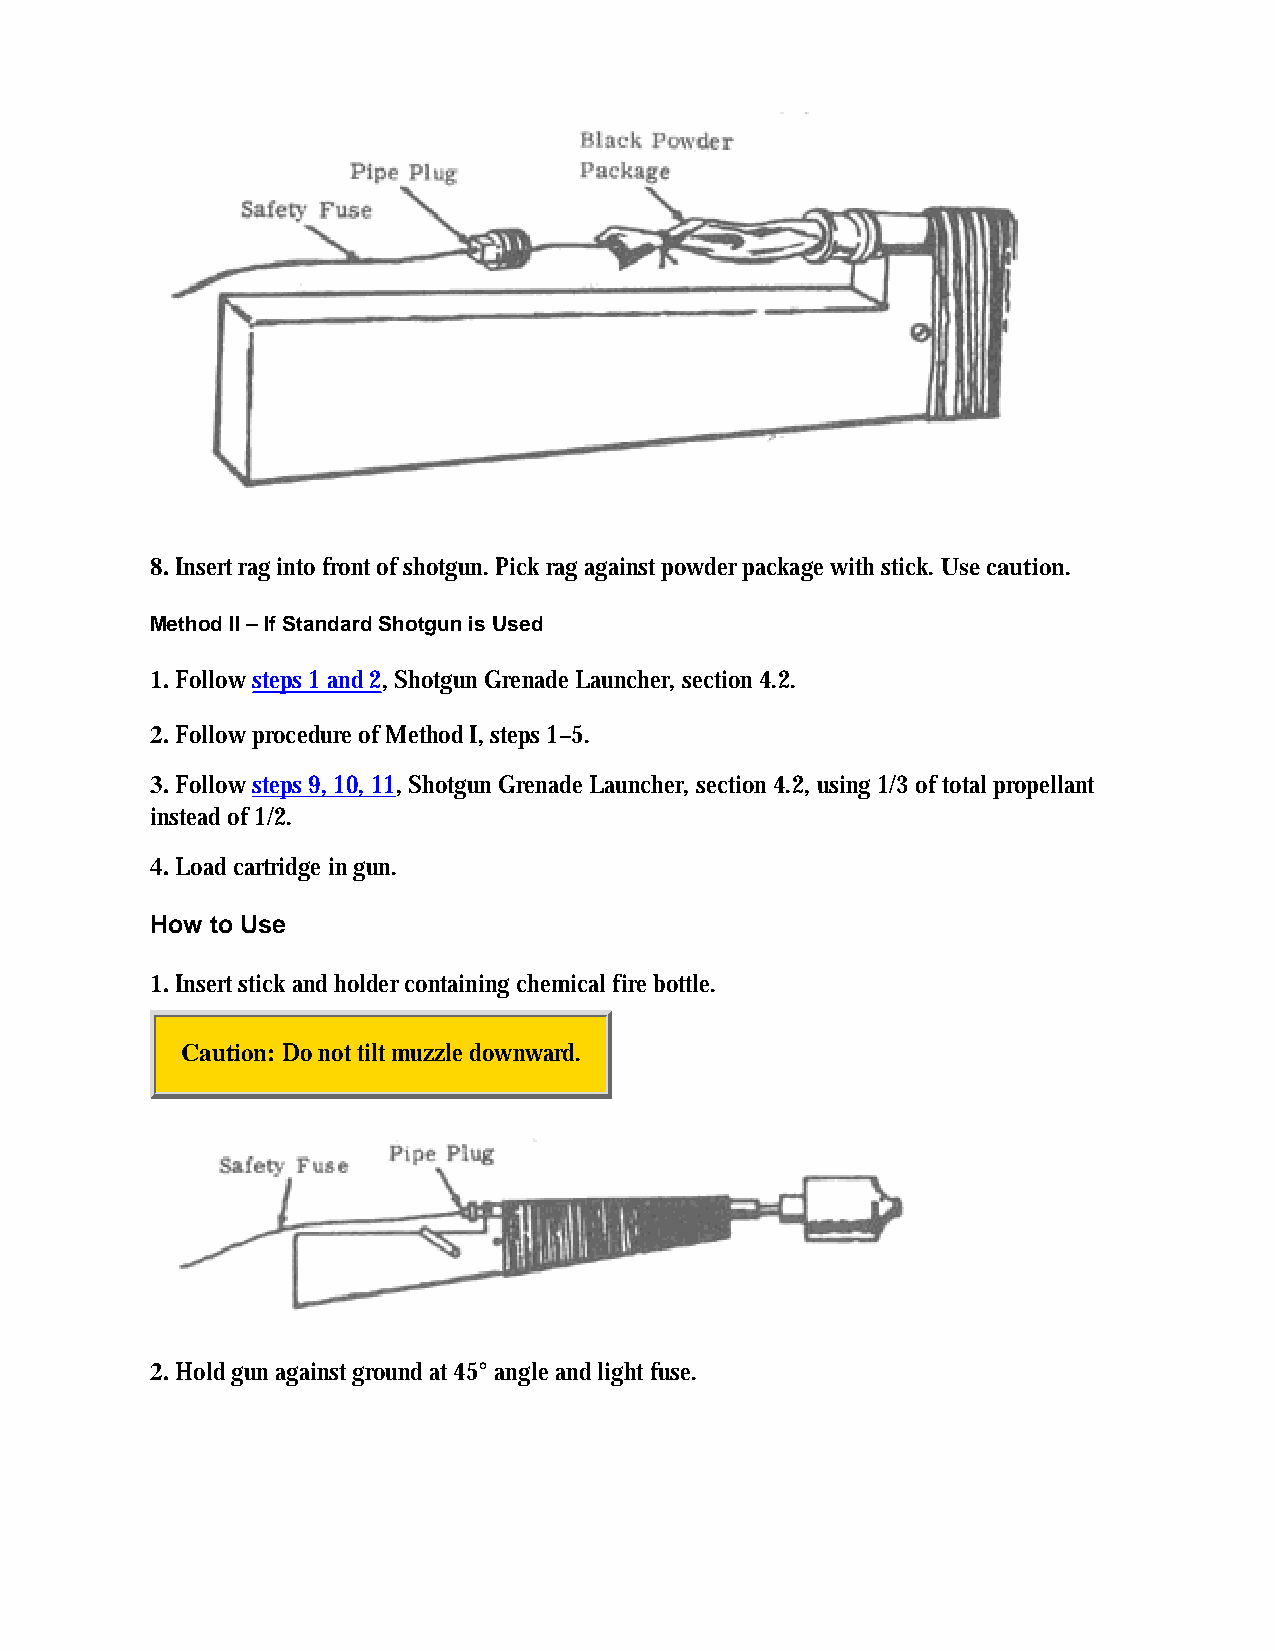
8. Insert rag into front of shotgun. Pick rag against powder package with stick. Use caution.
 Method II – If Standard Shotgun is Used
 1. Follow steps 1 and 2, Shotgun Grenade Launcher, section 4.2.
 2. Follow procedure of Method I, steps 1–5.
 3. Follow steps 9, 10, 11, Shotgun Grenade Launcher, section 4.2, using 1/3 of total propellant
 instead of 1/2.
 4. Load cartridge in gun.
 How to Use
 1. Insert stick and holder containing chemical fire bottle.
 Caution: Do not tilt muzzle downward.
 2. Hold gun against ground at 45° angle and light fuse.